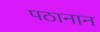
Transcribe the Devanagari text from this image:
पठानान